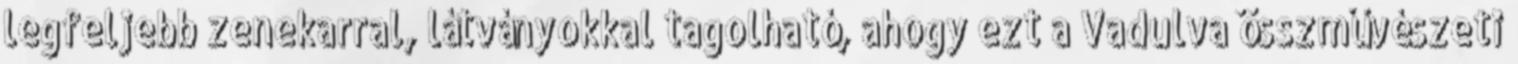
legfeljebb zenekarral, látványokkal tagolható, ahogy ezt a Vadulva összművészeti